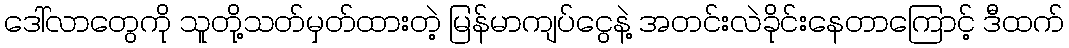
ဒေါ်လာတွေကို သူတို့သတ်မှတ်ထားတဲ့ မြန်မာကျပ်ငွေနဲ့ အတင်းလဲခိုင်းနေတာကြောင့် ဒီထက်